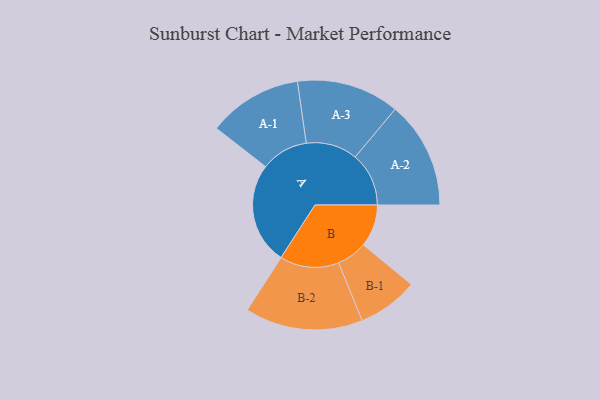
{"axis": {"x": "Segment", "y": "Value"}, "legend": ["", "A", "B"], "data": [{"x": "A", "y": 457, "type": ""}, {"x": "B", "y": 190, "type": ""}, {"x": "A-1", "y": 212, "type": "A"}, {"x": "A-2", "y": 241, "type": "A"}, {"x": "A-3", "y": 231, "type": "A"}, {"x": "B-1", "y": 136, "type": "B"}, {"x": "B-2", "y": 265, "type": "B"}]}